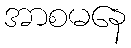
အာစမနေ